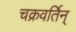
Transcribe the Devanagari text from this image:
चक्रवर्तिन्